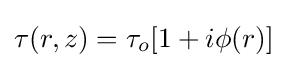
\tau (r,z)=\tau _{o}[1+i\phi (r)]